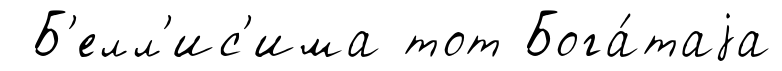
Б'елл'ис'има тот Бога́таjа